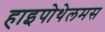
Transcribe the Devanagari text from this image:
हाइपोथेलमस